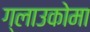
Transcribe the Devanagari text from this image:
ग्लाउकोमा